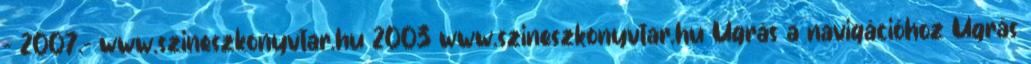
- 2007.- www.szineszkonyvtar.hu 2003 www.szineszkonyvtar.hu Ugrás a navigációhoz Ugrás